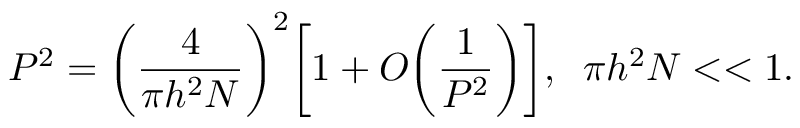
P ^ { 2 } = \bigg ( \frac { 4 } { \pi h ^ { 2 } N } \bigg ) ^ { 2 } \bigg [ 1 + O \bigg ( \frac { 1 } { P ^ { 2 } } \bigg ) \bigg ] , \; \; \pi h ^ { 2 } N < < 1 .